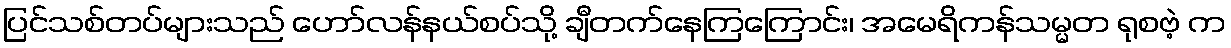
ပြင်သစ်တပ်များသည် ဟော်လန်နယ်စပ်သို့ ချီတက်နေကြကြောင်း၊ အမေရိကန်သမ္မတ ရုစဗဲ့ က